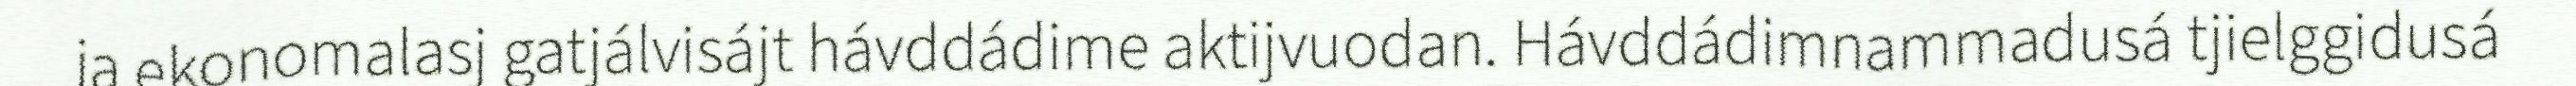
ja ekonomalasj gatjálvisájt hávddádime aktijvuodan. Hávddádimnammadusá tjielggidusá